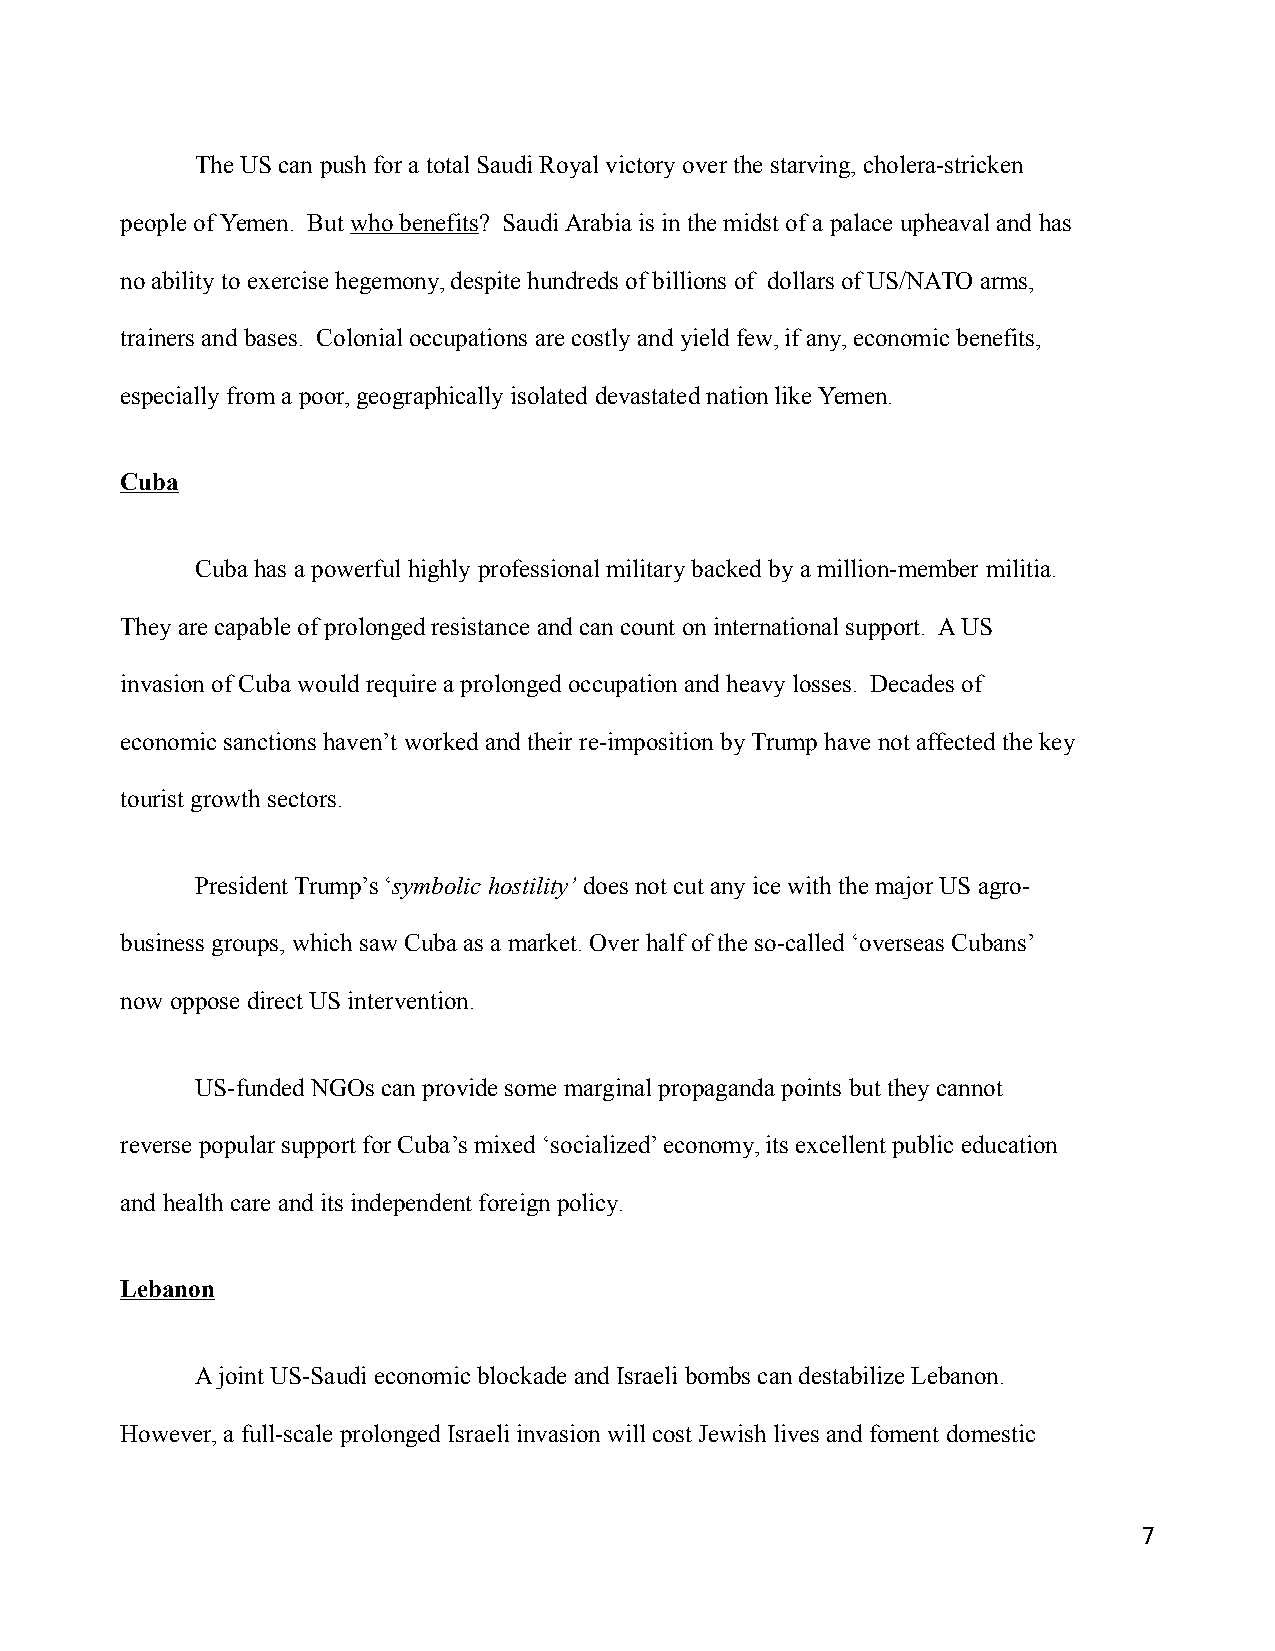
The US can push for a total Saudi Royal victory over the starving, cholera-stricken
 people of Yemen. But who benefits? Saudi Arabia is in the midst of a palace upheaval and has
 no ability to exercise hegemony, despite hundreds of billions of dollars of US/NATO arms,
 trainers and bases. Colonial occupations are costly and yield few, if any, economic benefits,
 especially from a poor, geographically isolated devastated nation like Yemen.
 Cuba
 Cuba has a powerful highly professional military backed by a million-member militia.
 They are capable of prolonged resistance and can count on international support. A US
 invasion of Cuba would require a prolonged occupation and heavy losses. Decades of
 economic sanctions haven’t worked and their re-imposition by Trump have not affected the key
 tourist growth sectors.
 President Trump’s ‘symbolic hostility’ does not cut any ice with the major US agro-
 business groups, which saw Cuba as a market. Over half of the so-called ‘overseas Cubans’
 now oppose direct US intervention.
 US-funded NGOs can provide some marginal propaganda points but they cannot
 reverse popular support for Cuba’s mixed ‘socialized’ economy, its excellent public education
 and health care and its independent foreign policy.
 Lebanon
 A joint US-Saudi economic blockade and Israeli bombs can destabilize Lebanon.
 However, a full-scale prolonged Israeli invasion will cost Jewish lives and foment domestic
 7